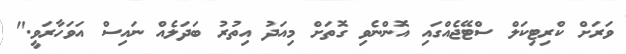
ވަރަށް ކްރިޓިކަލް ސްޓޭޖެއްގައި އޮންނެވި ގޮތަށް މިއަދު އިތުރު ބަދަލެއް ނައިސް އަވަހާރަވީ."